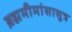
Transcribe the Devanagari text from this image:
ब्रह्ममीमांसासूत्र